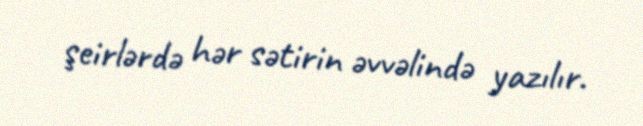
şeirlərdə hər sətirin əvvəlində yazılır.